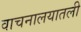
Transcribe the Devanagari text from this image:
वाचनालयातली